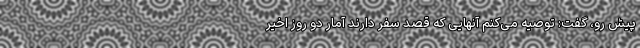
پیش رو، گفت: توصیه می‌کنم آنهایی که قصد سفر دارند آمار دو روز اخیر